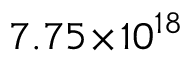
7 . 7 5 \! \times \! 1 0 ^ { 1 8 }